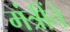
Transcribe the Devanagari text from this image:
मंत्रींचे